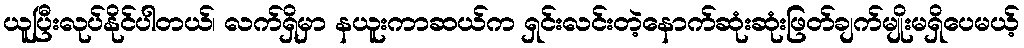
ယူပြီးလုပ်နိုင်ပါတယ်၊ လက်ရှိမှာ နယူးကာဆယ်က ရှင်းလင်းတဲ့နောက်ဆုံးဆုံးဖြတ်ချက်မျိုးမရှိပေမယ့်